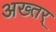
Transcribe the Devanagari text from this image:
अख्तर्